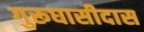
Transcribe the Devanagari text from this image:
गुरूघासीदास